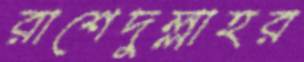
রাশেদুল্লাহর